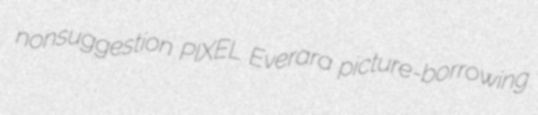
nonsuggestion PIXEL Everara picture-borrowing